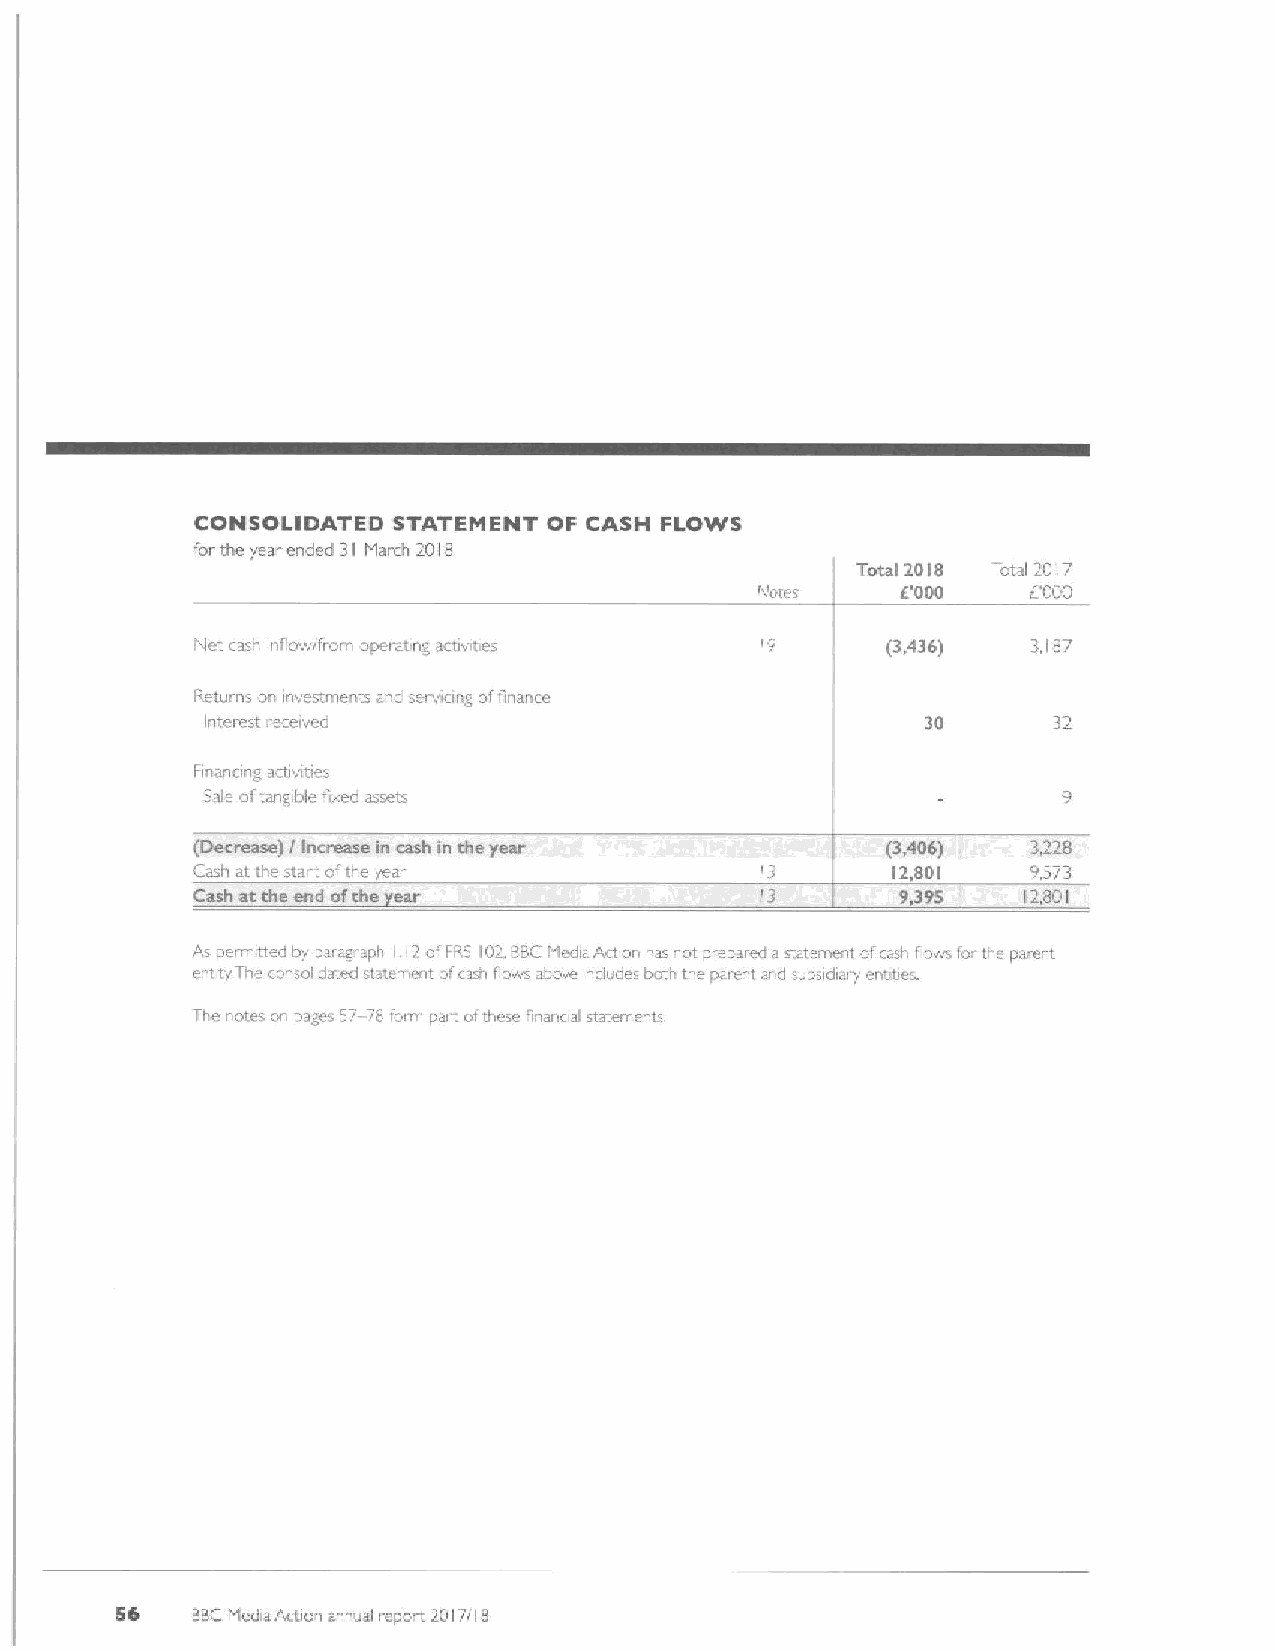
CONSOLIDATED STATEHENT OF CASH FLOTNS
 forthe year ended 31 htarch 2018
 Total 2018 Total 2017
 flutes    6'000   ('000
 htet Caah inflOW/frnrn Cperating artivitie-   (3,436)  3,187
 Returns on investments and serviong offinance
 Interest received                              30
 Firla ting activltl
 Sale oftangible lixed assets
 (Decrease) 7 Increase in cash in the year     (3,406)  3,228
 Cash at tne stai tofthe ear                   12,801   9,373
 Cash at the end ofthe ear            13        9,395   12.801
 ,
 As pei rotted by paragi aph 1,17ofFRS I~2 BBChtedia Artion has not prepared a natement ofcail' flows lor lie pare it
 entity Tne io solidated sl . ament ofcasn flows aoove inclu es botl the paient ard subsidiai'y entree
 Tl e i'utes on pages S7-78 furr i pai i ofihese 'inane al statements.
 56
 BBChtedlaAction annual sport 2017718
 i